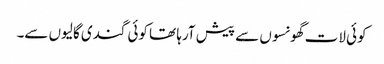
کوئی لات گھونسوں سے پیش آرہا تھا کوئی گندی گالیوں سے۔